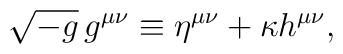
\sqrt{-g}\,g^{\mu\nu} \equiv \eta^{\mu\nu} + \kappa h^{\mu\nu},